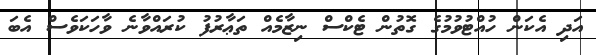
އަދި އެކަން ހުއްޓުވުމުގެ ގޮތުން ޓެކްސް ނިޒާމެއް ތަޢާރުފު ކުރައްވާނެ ވާހަކަވެސް އެބަ